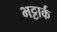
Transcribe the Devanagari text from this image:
भट्टार्क